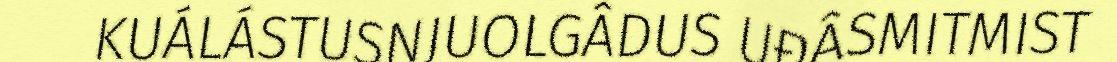
KUÁLÁSTUSNJUOLGÂDUS UĐÂSMITMIST